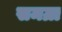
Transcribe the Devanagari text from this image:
समग्रा